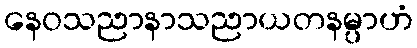
နေဝသညာနာသညာယတနမ္ပာဟံ